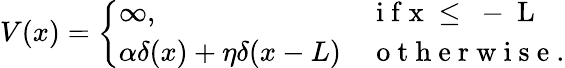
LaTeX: V(x)=\left\{ \begin{array}{ll}{\infty,}&{\mathrm{~i~f~x~\leq~-~L~}}\\ {\alpha\delta(x)+\eta\delta(x-L)}&{\mathrm{~o~t~h~e~r~w~i~s~e~}.}\end{array}\right.